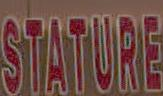
STATURE